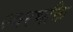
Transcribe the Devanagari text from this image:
स्वरभक्ति